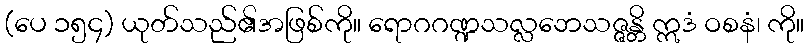
(ပေ ၁၅၄) ယုတ်သည်၏အဖြစ်ကို။ ရောဂဂဏ္ဍသလ္လဘေသဇ္ဇန္တိ ဣဒံ ဝစနံ၊ ကို။